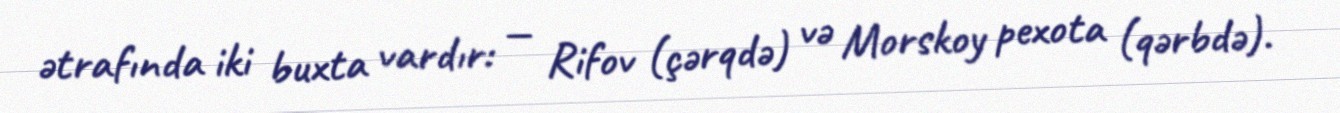
ətrafında iki buxta vardır: — Rifov (çərqdə) və Morskoy pexota (qərbdə).